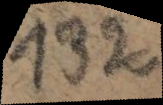
132